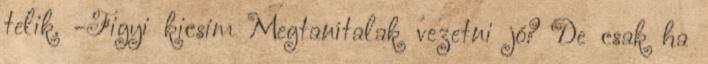
telik. -Figyi kicsim Megtanítalak vezetni jó? De csak ha